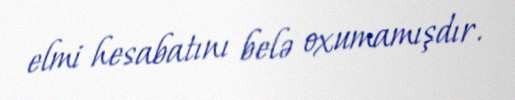
elmi hesabatını belə oxumamışdır.